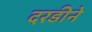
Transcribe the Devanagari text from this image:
दरडीने